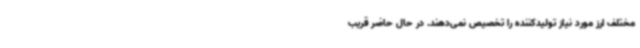
مختلف ارز مورد نیاز تولیدکننده را تخصیص نمی‌دهند. در حال حاضر قریب